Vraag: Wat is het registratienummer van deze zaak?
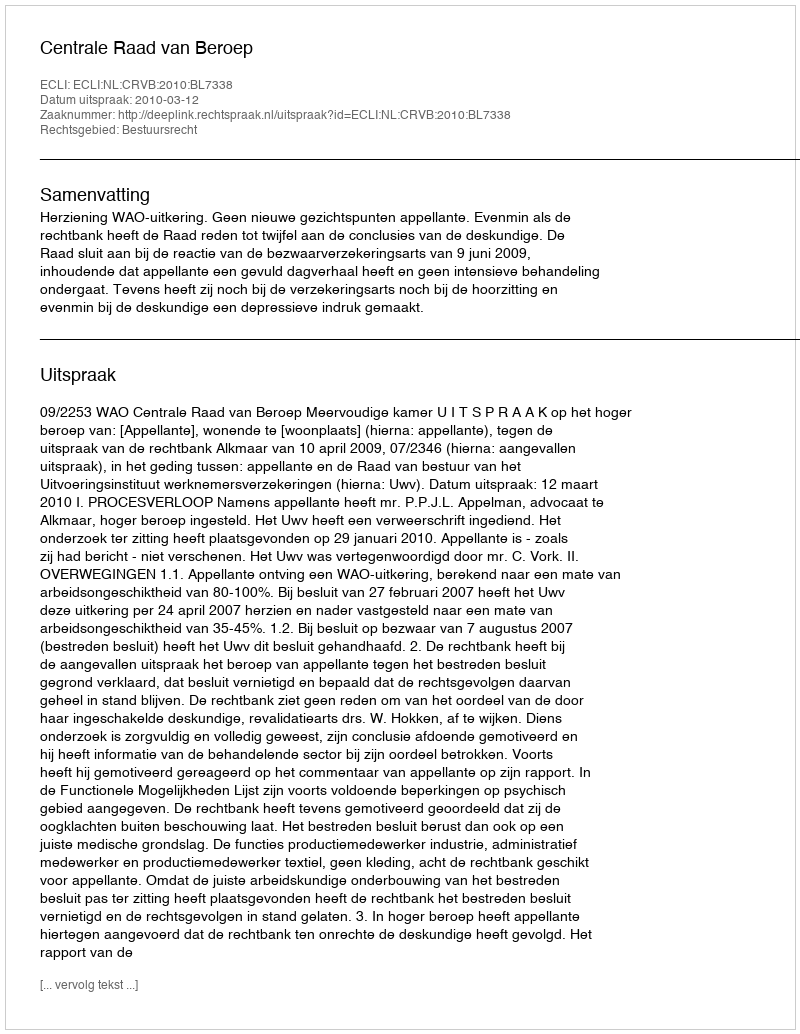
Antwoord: http://deeplink.rechtspraak.nl/uitspraak?id=ECLI:NL:CRVB:2010:BL7338